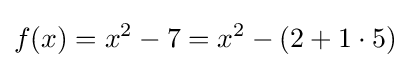
f(x)=x^{2}-7=x^{2}-(2+1\cdot 5)